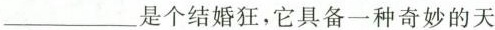
\underline{}是个结婚狂，它具备一种奇妙的天